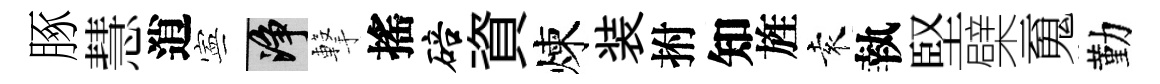
䐁慧逍寕净撃搖碚資煉装拊知旌袁執堅檗䰟勤